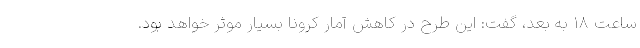
ساعت ۱۸ به بعد، گفت: این طرح در کاهش آمار کرونا بسیار موثر خواهد بود.